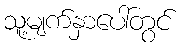
သူ့မျက်နှာပေါ်တွင်